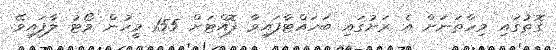
ގޮތުގައި މިހާތަނަށް އެ ރަށުގައި ބަހައްޓާފައިވާ ފޮއްޓަށް 155 މީހުން ވޯޓު ލާފައިވޭ.